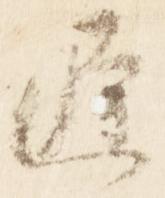
遅